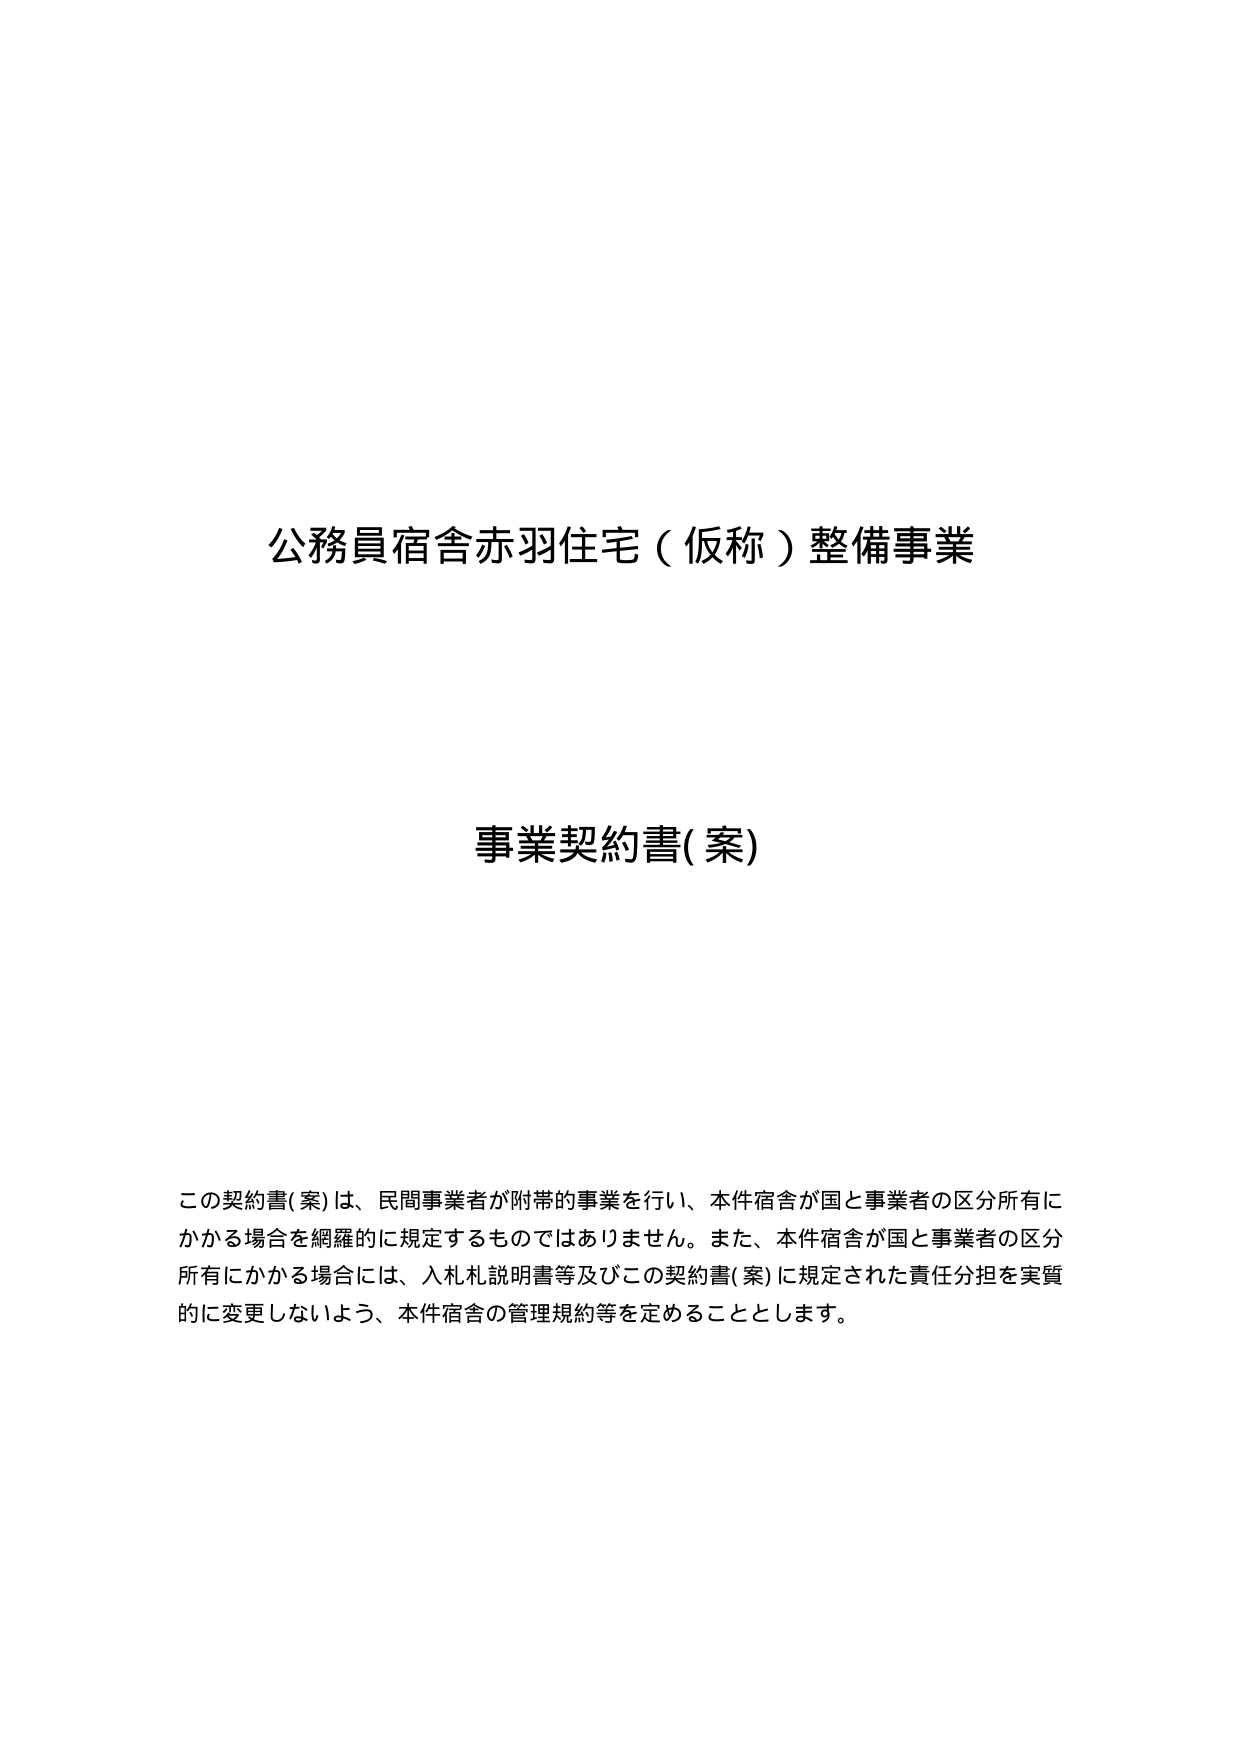
公務員宿舎赤羽住宅（仮称）整備事業

事業契約書(案)

この契約書(案)は、民間事業者が附帯的事業を行い、本件宿舎が国と事業者の区分所有にかかる場合を網羅的に規定するものではありません。また、本件宿舎が国と事業者の区分所有にかかる場合には、入札説明書等及びこの契約書(案)に規定された責任分担を実質的に変更しないよう、本件宿舎の管理規約等を定めることとします。